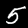
Label: 5